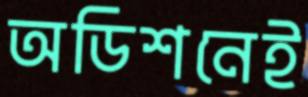
অডিশনেই